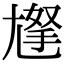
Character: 𡰀